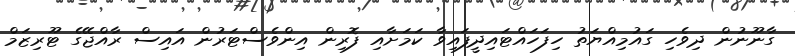
ގާނޫނުން ދިވެހި ގައުމިއްޔަތު ހިފަހައްޓައިދީފައިވާ ކަމަށާއި ފޮރިން އިންވެސްޓަރުން އައިސް ރާއްޖޭގެ ޓޫރިޒަމް